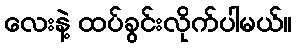
လေးနဲ့ ထပ်ခွင်းလိုက်ပါမယ်။